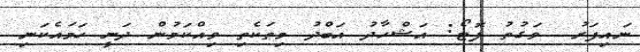
ނައިފަރު  ވަގުތު ފޮޓޯ: އަޝްހާދު އަބްދު މިތަކެތި ވިއްކަމުން ދަނީ ހަމައެކަނި